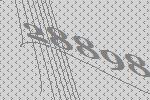
28898